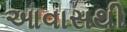
આવાસથી